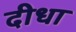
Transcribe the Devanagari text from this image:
दीधा